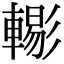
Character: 𨎗